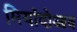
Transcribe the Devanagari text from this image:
मियांदोआब